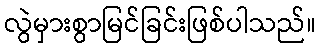
လွဲမှားစွာမြင်ခြင်းဖြစ်ပါသည်။